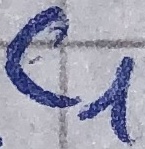
Text: C1